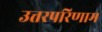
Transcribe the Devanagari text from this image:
उत्तरपरिणाम